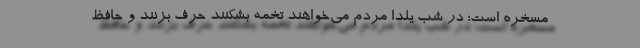
مسخره است؛ در شب یلدا مردم می‌خواهند تخمه بشکنند حرف بزنند و حافظ